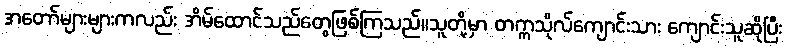
အတော်များများကလည်း အိမ်ထောင်သည်တွေဖြစ်ကြသည်။သူတို့မှာ တက္ကသိုလ်ကျောင်းသား ကျောင်းသူဆိုပြီး